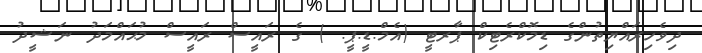
ދިވެހިރައްޔިތުންގެ ޑިމޮކްރެޓިކް ޕާރޓީ (އެމް.ޑީ.ޕީ. ) ގެ ރައީސް ރައީސް މުޙައްމަދު ނަޝީދު